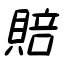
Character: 賠